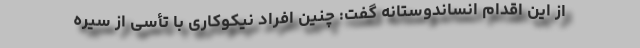
از این اقدام انساندوستانه گفت: چنین افراد نیکوکاری با تأسی از سیره